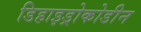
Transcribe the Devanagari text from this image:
डिहाइड्रोकोडीन